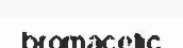
bromacetic